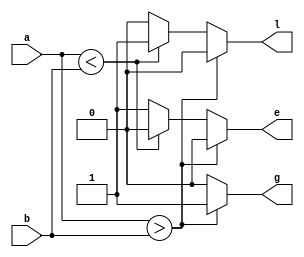
module comparador_gel(
 input [3:0] a,
 input [3:0] b,
 output g, // si a < b => (g,e,l) = (0,0,1)
 output e, // si a = b => (g,e,l) = (0,1,0)
 output l);
 reg g, e, l;
 always @(a, b)
  begin
    g =  1'b0;;
    e =  1'b0;;
    l =  1'b0;;
    if (a > b)
      g =1'b1;
    else if (a < b)
      l = 1'b1;
    else
      e = 1'b1;
  end
endmodule